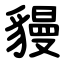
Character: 䝢